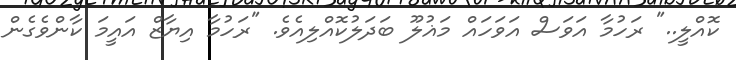
ކޮއްލީ.." ރަހުމާ އަވަސް އަވަހައް މަޣުލޫ ބަދަލުކޮއްލިއެވެ. "ރަހުމާ އިޔާޒް އައީމަ ކާންވެގެން